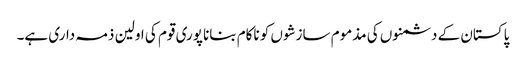
پاکستان کے دشمنوں کی مذموم سازشوں کو ناکام بنانا پوری قوم کی اولین ذمہ داری ہے۔